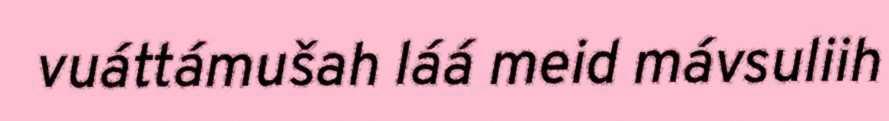
vuáttámušah láá meid mávsuliih